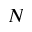
N